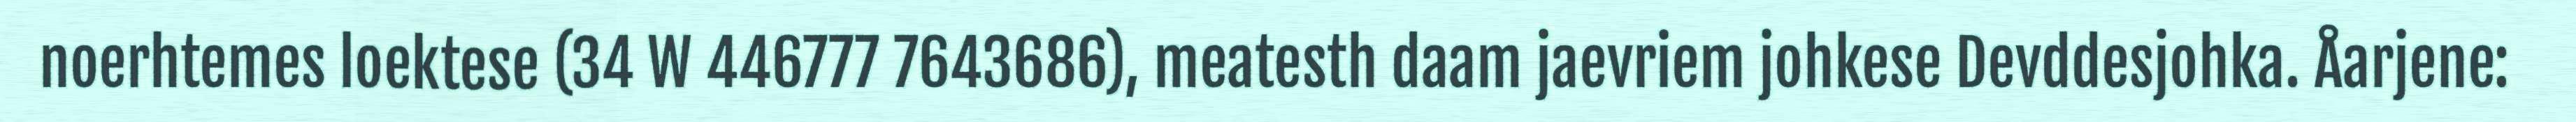
noerhtemes loektese (34 W 446777 7643686), meatesth daam jaevriem johkese Devddesjohka. Åarjene: